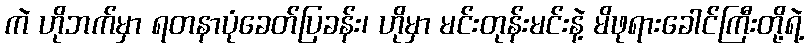
ကဲ ဟိုဘက်မှာ ရတနာပုံခေတ်ပြခန်း၊ ဟိုမှာ မင်းတုန်းမင်းနဲ့ မိဖုရားခေါင်ကြီးတို့ရဲ့